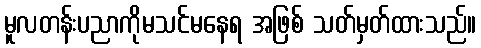
မူလတန်းပညာကိုမသင်မနေရ အဖြစ် သတ်မှတ်ထားသည်။